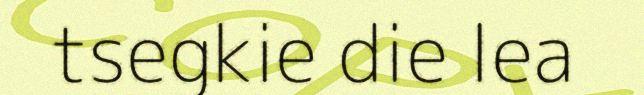
tsegkie die lea